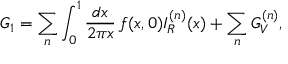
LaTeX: G _ { 1 } = \sum _ { n } \int _ { 0 } ^ { 1 } { \frac { d x } { 2 \pi x } } \, f ( x , 0 ) I _ { R } ^ { ( n ) } ( x ) + \sum _ { n } G _ { V } ^ { ( n ) } ,